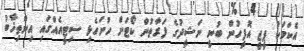
އެކަމަކު ޕީޖީ އޮފީހުން ބުނީ ނަޝީދުގެ ފަރާތުން ކޯޓަށް ހުށަހެޅި ސިޓީއެއްގައި އިންތިޚާބު